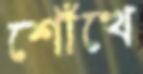
শোঁখে